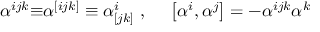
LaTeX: \alpha ^ { i j k } { \bf \equiv } \alpha ^ { [ i j k ] } \equiv \alpha _ { [ j k ] } ^ { i } \textrm { , \quad } \left[ \alpha ^ { i } , \alpha ^ { j } \right] = - \alpha ^ { i j k } \alpha ^ { k }